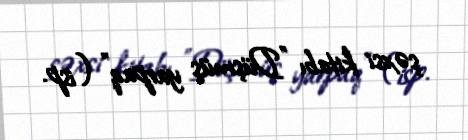
şəxsi kitabı "Düşmüş yarpaq" (isp.